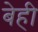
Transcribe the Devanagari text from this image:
बेही